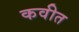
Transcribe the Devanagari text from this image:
कवीत